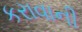
કરાવાની